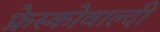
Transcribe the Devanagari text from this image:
फ्रेस्कोवाल्दी